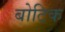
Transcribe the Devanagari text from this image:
बोटिक